Indian journal of veterinary science and animal husbandry - Volumes 18-21, 1948-1951
Year: 1948
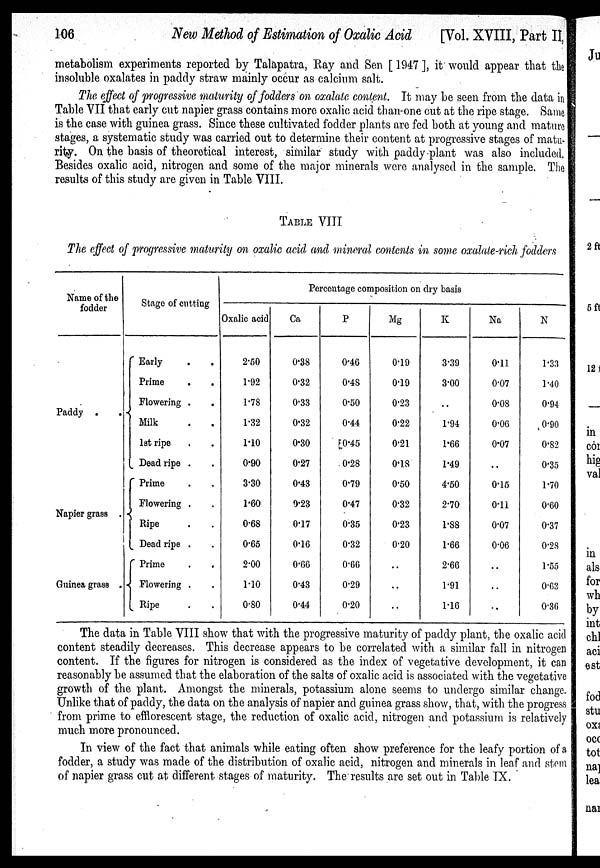
106
New Method of Estimation of Oxalic Acid
[Vol. XVIII, Part II,
metabolism experiments reported by Talapatra, Ray and Sen [ 1947 ], it would appear that the
insoluble oxalates in paddy straw mainly occur as calcium salt.
The effect of progressive maturity of fodders on oxalate content. It may be seen from the data in
Table VII that early cut napier grass contains more oxalic acid than one cut at the ripe stage. Same
is the case with guinea grass. Since these cultivated fodder plants are fed both at young and mature
stages, a systematic study was carried out to determine their content at progressive stages of matu-
rity. On the basis of theoretical interest, similar study with paddy plant was also included.
Besides oxalic acid, nitrogen and some of the major minerals were analysed in the sample. The
results of this study are given in Table VIII.
TABLE VIII
The effect of progressive maturity on oxalic acid and mineral contents in some oxalate-rich fodders
Name of the
fodder
Paddy
.
.
Napier grass .
Guinea grass .
Stage of cutting
Early . .
Prime . .
Flowering . .
Milk . .
1st ripe . .
Dead ripe . .
Prime . .
Flowering . .
Ripe . .
Dead ripe . .
Prime
.
.
Flowering . .
Ripe . .
Percentage composition on dry basis
Oxalic acid
2.50
1.92
1.78
1.32
1.10
0.90
3.30
1.60
0.68
0.65
2.00
1.10
0.80
Ca
0.38
0.32
0.33
0.32
0.30
0.27
0.43
0.23
0.17
0.16
0.66
0.43
0.44
P
0.46
0.48
0.50
0.44
0.45
0.28
0.79
0.47
0.35
0.32
0.66
0.29
0.20
Mg
0.19
0.19
0.23
0.22
0.21
0.18
0.50
0.32
0.23
0.20
. .
. .
. .
K
3.39
3.00
. .
1.94
1.66
1.49
4.50
2.70
1.88
1.66
2.66
1.91
1.16
Na
0.11
0.07
0.08
0.06
0.07
. .
0.15
0.11
0.07
0.06
. .
. .
. .
N
1.33
1.40
0.94
0.90
0.82
0.35
1.70
0.60
0.37
0.28
1.55
0.63
0.36
The data in Table VIII show that with the progressive maturity of paddy plant, the oxalic acid
content steadily decreases. This decrease appears to be correlated with a similar fall in nitrogen
content. If the figures for nitrogen is considered as the index of vegetative development, it can
reasonably be assumed that the elaboration of the salts of oxalic acid is associated with the vegetative
growth of the plant. Amongst the minerals, potassium alone seems to undergo similar change.
Unlike that of paddy, the data on the analysis of napier and guinea grass show, that, with the progress
from prime to efflorescent stage, the reduction of oxalic acid, nitrogen and potassium is relatively
much more pronounced.
In view of the fact that animals while eating often show preference for the leafy portion of a
fodder, a study was made of the distribution of oxalic acid, nitrogen and minerals in leaf and stem
of napier grass cut at different stages of maturity. The results are set out in Table IX.